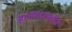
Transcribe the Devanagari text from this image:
हानोफरमधील